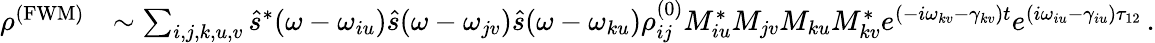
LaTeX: \begin{array}{rl}{\rho^{\mathrm{(FWM)}}}&{\sim\sum_{i,j,k,u,v}\hat{s}^{*}(\omega-\omega_{iu})\hat{s}(\omega-\omega_{jv})\hat{s}(\omega-\omega_{ku})\rho_{ij}^{(0)}M_{iu}^{*}M_{jv}M_{ku}M_{kv}^{*}e^{(-i\omega_{kv}-\gamma_{kv})t}e^{(i\omega_{iu}-\gamma_{iu})\tau_{12}}\, .}\end{array}